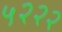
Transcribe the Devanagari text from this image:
५२२२